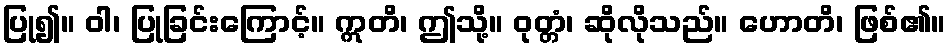
ပြု၍။ ဝါ၊ ပြုခြင်းကြောင့်။ ဣတိ၊ ဤသို့။ ဝုတ္တံ၊ ဆိုလိုသည်။ ဟောတိ၊ ဖြစ်၏။